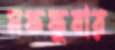
মফফুবার